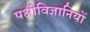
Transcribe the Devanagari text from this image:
पक्षीविज्ञानियों